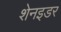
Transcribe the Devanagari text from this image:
शेनइडर